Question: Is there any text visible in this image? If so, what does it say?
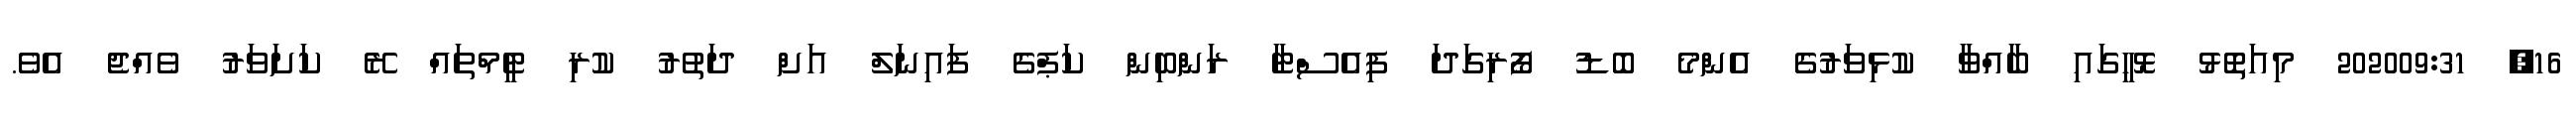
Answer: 16, 202009:31 މިއަތޮޅު ޅޮހީގައި ބާއްވާ ކުޅިވަރުގެ އެންމެ ބޮޑު ފޯރިގަދަ ފިއެސްޓާ ރަންބިން ކަޕްގެ ފައިނަލް އަށް ދަތުރު ކުރި ޓީމްތައް ރޭ ކަށަވަރު ވެއްޖެ އެވެ.